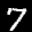
Label: 7